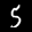
Label: 5